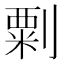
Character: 㔄